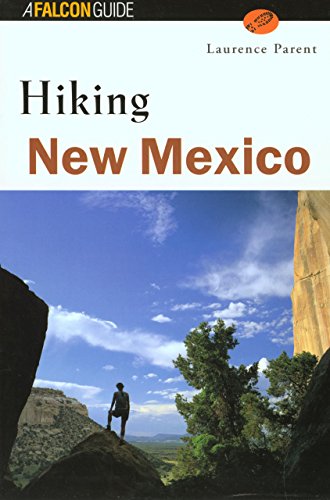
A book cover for Hiking New Mexico (rev) (State Hiking Guides Series); Laurence Parent; Travel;